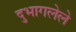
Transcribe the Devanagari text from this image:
दुभागलेले